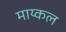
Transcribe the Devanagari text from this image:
माय्कल